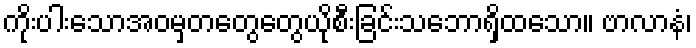
ကိုးပါးသောအဝမှတတွေတွေယိုစီးခြင်းသဘောရှိထသော။ ဗာလာနံ၊